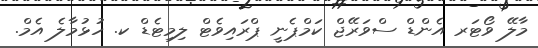
މާލޭ ވޯޓަރ އެންޑް ސްވަރޭޖް ކަމްޕެނީ ޕްރައިވެޓް ލިމިޓެޑް ކ. ހުޅުމާލެ އެމް.